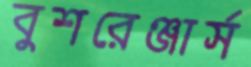
বুশরেঞ্জার্স